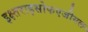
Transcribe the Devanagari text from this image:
इक्ष्तराइसोफएजीयल